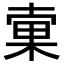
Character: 𣓑